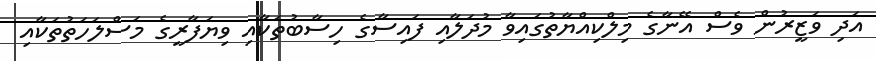
އަދި ވަޒީރުން ވެސް އޭނާގެ މިލްކިއްޔާތުގައިވާ މުދަލާއި ފައިސާގެ ހިސާބުތަކާއި ވިޔަފާރީގެ މަސްލަހަތުތަކާއި